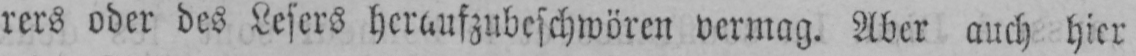
rers oder des Lesers heraufzubeschwören vermag. Aber auch hier